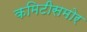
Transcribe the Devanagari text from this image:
कमिटीसमोर